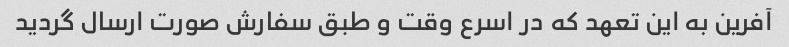
آفرین به این تعهد که در اسرع وقت و طبق سفارش صورت ارسال گردید